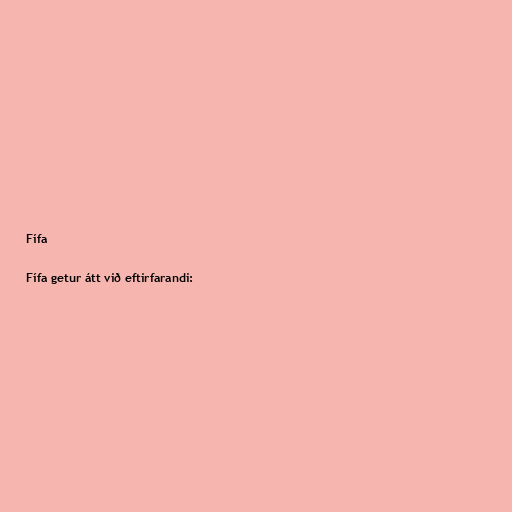
Fífa

Fífa getur átt við eftirfarandi: